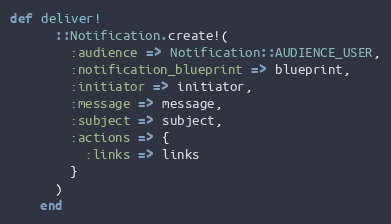
Language: Ruby
def deliver!
      ::Notification.create!(
        :audience => Notification::AUDIENCE_USER,
        :notification_blueprint => blueprint,
        :initiator => initiator,
        :message => message,
        :subject => subject,
        :actions => {
          :links => links
        }
      )
    end